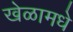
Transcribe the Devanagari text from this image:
खेळामधे